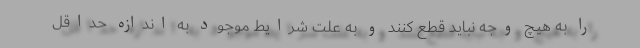
را به هیچ وجه نباید قطع کنند و به علت شرایط موجود به اندازه حداقل